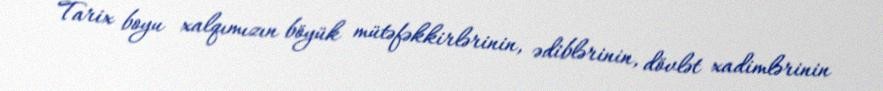
Tarix boyu xalqımızın böyük mütəfəkkirlərinin, ədiblərinin, dövlət xadimlərinin